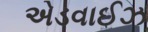
એડવાઈઝ